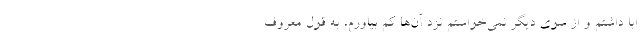
ابا داشتم و از سوی دیگر نمی‌خواستم نزد آن‌ها کم بیاورم، به قول معروف